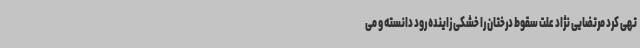
تهی کرد مرتضایی نژاد علت سقوط درختان را خشکی زاینده رود دانسته و می